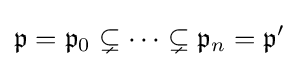
{\mathfrak {p}}={\mathfrak {p}}_{0}\subsetneq \cdots \subsetneq {\mathfrak {p}}_{n}={\mathfrak {p}}'